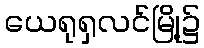
ယေရုရှလင်မြို့၌